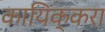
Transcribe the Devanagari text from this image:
कायिक्करा